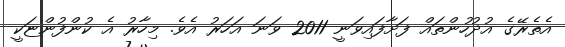
އެތެރޭގެ އުދުހުންތައް ފަށާފައިވަނީ 2011 ވަނަ އަހަރު އެވެ. މިހާރު އެ ކުންފުންޏަކީ